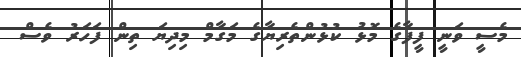
މެސީ ވަނީ ފީފާގެ މޮޅު ކުޅުންތެރިޔާގެ މަގާމް މިދިޔަ ތިން ފަހަރު ވެސް